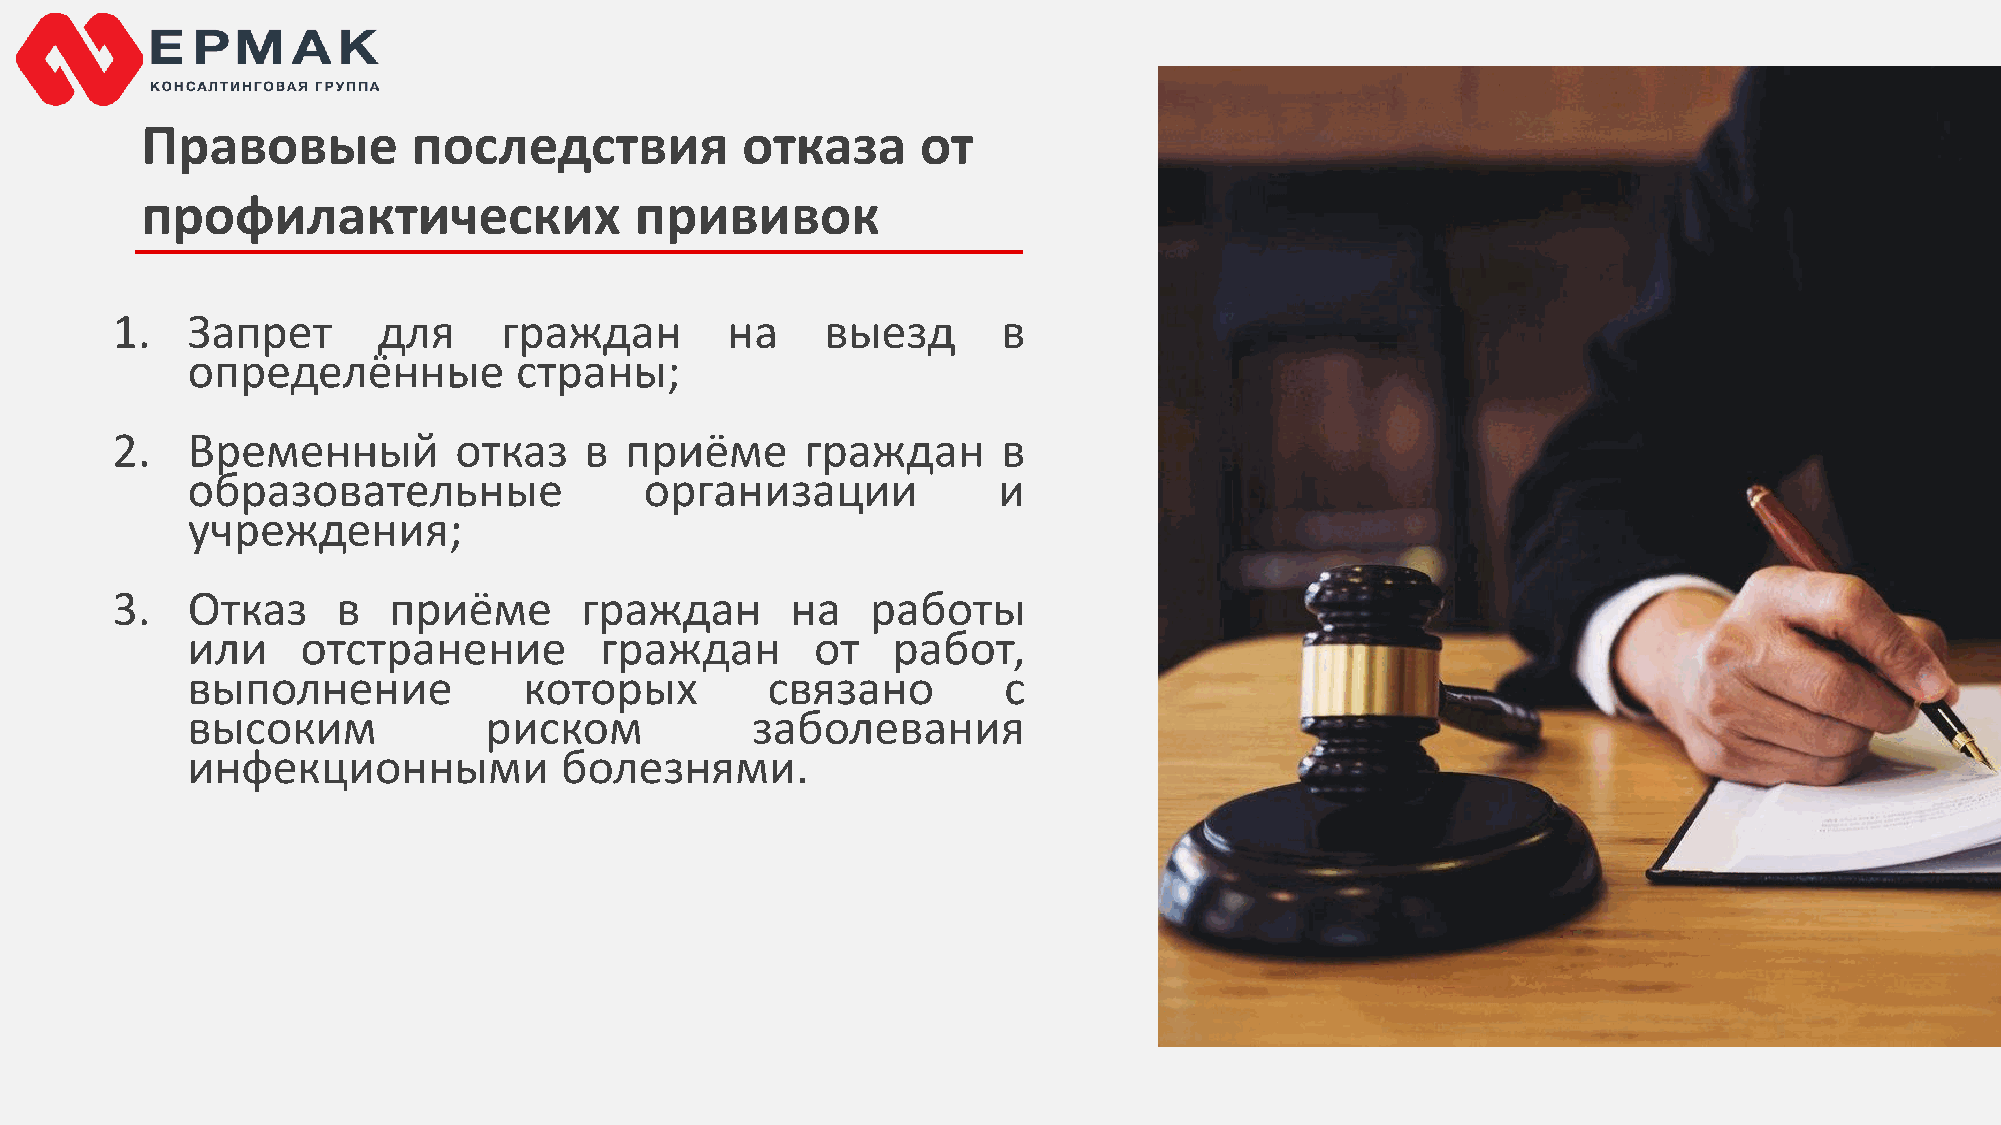
Правовые          последствия           отказа      от
 профилактических                 прививок
 1.   Запрет       для     граждан        на     выезд      в
 определённые          страны;
 2.   Временный         отказ    в приёме      граждан      в
 образовательные                организации            и
 учреждения;
 3.   Отказ     в   приёме      граждан       на    работы
 или     отстранение         граждан       от   работ,
 выполнение             которых         связано        с
 высоким             риском            заболевания
 инфекционными            болезнями.